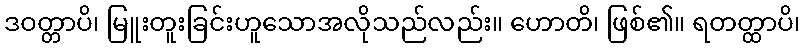
ဒဝတ္တာပိ၊ မြူးတူးခြင်းဟူသောအလိုသည်လည်း။ ဟောတိ၊ ဖြစ်၏။ ရတတ္ထာပိ၊